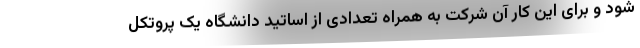
شود و برای این کار آن شرکت به همراه تعدادی از اساتید دانشگاه یک پروتکل